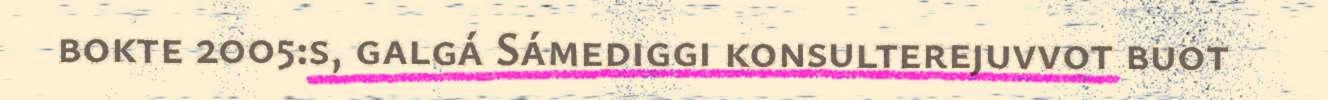
bokte 2005:s, galgá Sámediggi konsulterejuvvot buot